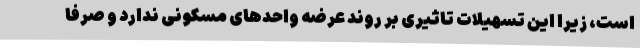
است، زیرا این تسهیلات تاثیری بر روند عرضه واحدهای مسکونی ندارد و صرفا